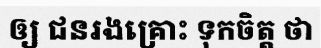
ឲ្យ ជនរងគ្រោះ ទុកចិត្ត ថា